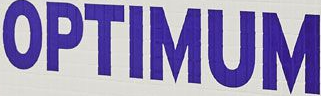
OPTIMUM